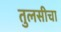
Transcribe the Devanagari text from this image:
तुलसीचा